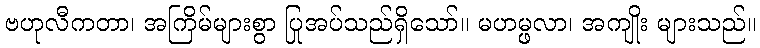
ဗဟုလီကတာ၊ အကြိမ်များစွာ ပြုအပ်သည်ရှိသော်။ မဟမ္ဖလာ၊ အကျိုး များသည်။